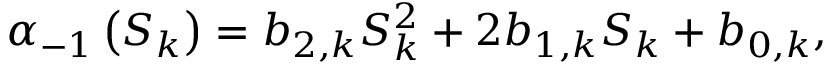
\displaystyle \alpha _ { - 1 } \left( S _ { k } \right) = b _ { 2 , k } S _ { k } ^ { 2 } + 2 b _ { 1 , k } S _ { k } + b _ { 0 , k } ,